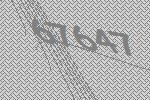
67647